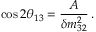
\cos 2 \theta _ { 1 3 } = \frac { A } { \delta m _ { 3 2 } ^ { 2 } } \, .